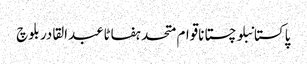
پاکستانبلوچستاناقوام متحدہفاٹاعبدالقادر بلوچ